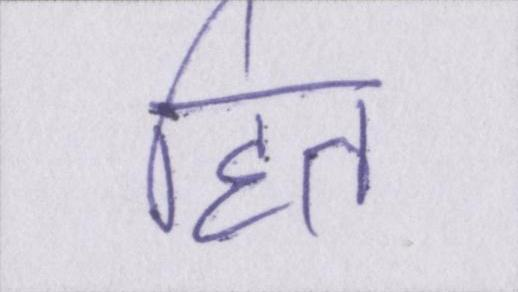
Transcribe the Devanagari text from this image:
हित